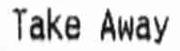
TAKE AWAY